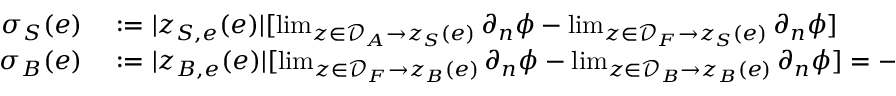
\begin{array} { r l } { \sigma _ { S } ( e ) } & { { } : = | z _ { S , e } ( e ) | [ \operatorname* { l i m } _ { z \in \mathcal { D } _ { A } \to z _ { S } ( e ) } \partial _ { n } \phi - \operatorname* { l i m } _ { z \in \mathcal { D } _ { F } \to z _ { S } ( e ) } \partial _ { n } \phi ] } \\ { \sigma _ { B } ( e ) } & { { } : = | z _ { B , e } ( e ) | [ \operatorname* { l i m } _ { z \in \mathcal { D } _ { F } \to z _ { B } ( e ) } \partial _ { n } \phi - \operatorname* { l i m } _ { z \in \mathcal { D } _ { B } \to z _ { B } ( e ) } \partial _ { n } \phi ] = - | z _ { B , e } ( e ) | [ \operatorname* { l i m } _ { z \in \mathcal { D } _ { B } \to z _ { B } ( e ) } \partial _ { n } \phi ] \, . } \end{array}